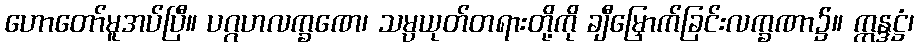
ဟောတော်မူအပ်ပြီ။ ပဂ္ဂဟလက္ခဏေ၊ သမ္ပယုတ်တရားတို့ကို ချီမြှောက်ခြင်းလက္ခဏာ၌။ ဣန္ဒဋ္ဌံ၊